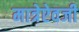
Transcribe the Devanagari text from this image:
मात्रेऐवजी